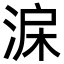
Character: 淭